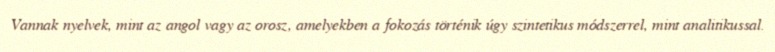
Vannak nyelvek, mint az angol vagy az orosz, amelyekben a fokozás történik úgy szintetikus módszerrel, mint analitikussal.